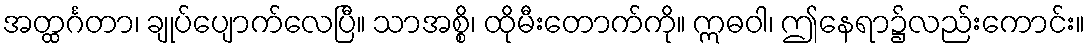
အတ္ထင်္ဂတာ၊ ချုပ်ပျောက်လေပြီ။ သာအစ္စိ၊ ထိုမီးတောက်ကို။ ဣဓဝါ၊ ဤနေရာ၌လည်းကောင်း။